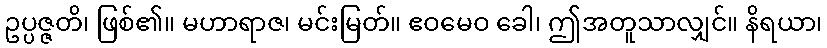
ဥပ္ပဇ္ဇတိ၊ ဖြစ်၏။ မဟာရာဇ၊ မင်းမြတ်။ ဧဝမေဝ ခေါ၊ ဤအတူသာလျှင်။ နိရယာ၊